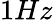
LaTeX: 1Hz